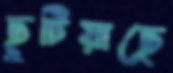
ছুটিয়াছে